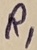
Text: R1